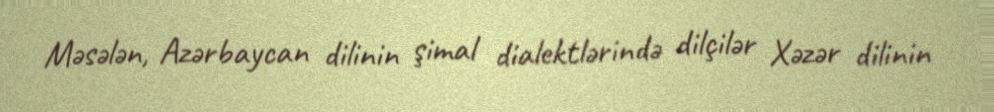
Məsələn, Azərbaycan dilinin şimal dialektlərində dilçilər Xəzər dilinin